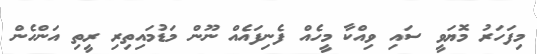
މިފަހަރު މޮޔަވީ ސައި ވިއްކާ މީހެއް ފެނިފައެއް ނޫން މަޑުމައިތިރި ރީތި އަންހެން